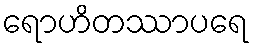
ရောဟိတဿာပရေ